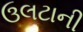
ઉલટાની